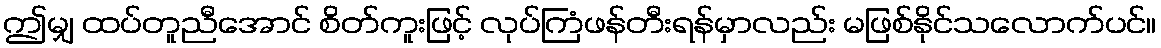
ဤမျှ ထပ်တူညီအောင် စိတ်ကူးဖြင့် လုပ်ကြံဖန်တီးရန်မှာလည်း မဖြစ်နိုင်သလောက်ပင်။